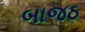
બાજઠ